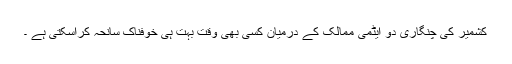
کشمیر کی چنگاری دو ایٹمی ممالک کے درمیان کسی بھی وقت بہت ہی خوفناک سانحہ کراسکتی ہے ۔